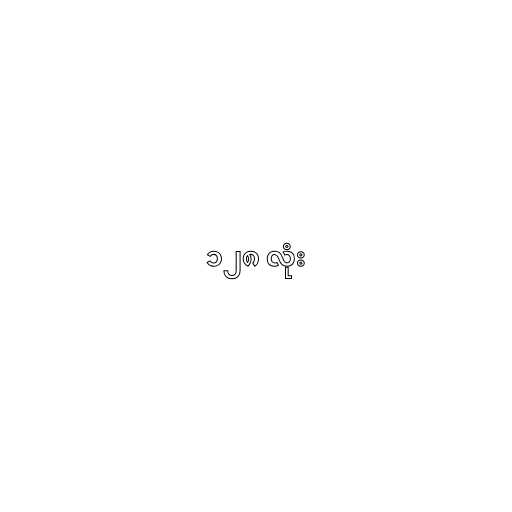
၁၂၈ လုံး